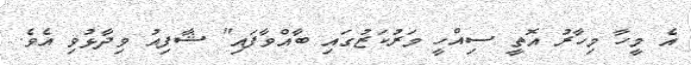
އެ މީހާ މިހާރު އޮތީ ސިއްހީ މަރުކަޒުގައި ބާއްވާފައި" ޝާފިއު ވިދާޅުވި އެވެ.